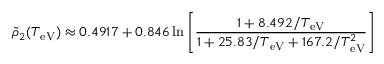
\tilde { \rho } _ { 2 } ( T _ { \mathrm { e V } } ) \approx 0 . 4 9 1 7 + 0 . 8 4 6 \ln \left[ \frac { 1 + 8 . 4 9 2 / T _ { \mathrm { e V } } } { 1 + 2 5 . 8 3 / T _ { \mathrm { e V } } + 1 6 7 . 2 / T _ { \mathrm { e V } } ^ { 2 } } \right]